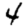
Digit: 4